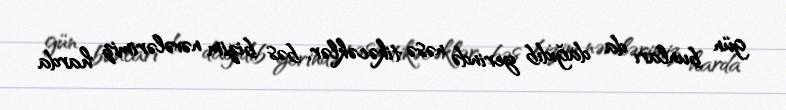
gün bunları da dağıdıb yerində nəsə tikəcəklər, bəs bizim nəvələrimiz harda